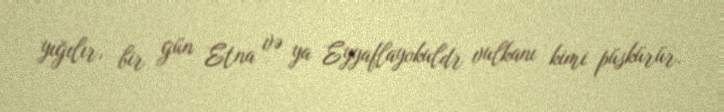
yığılır, bir gün Etna və ya Eyyaflayokuldr vulkanı kimi püskürür.